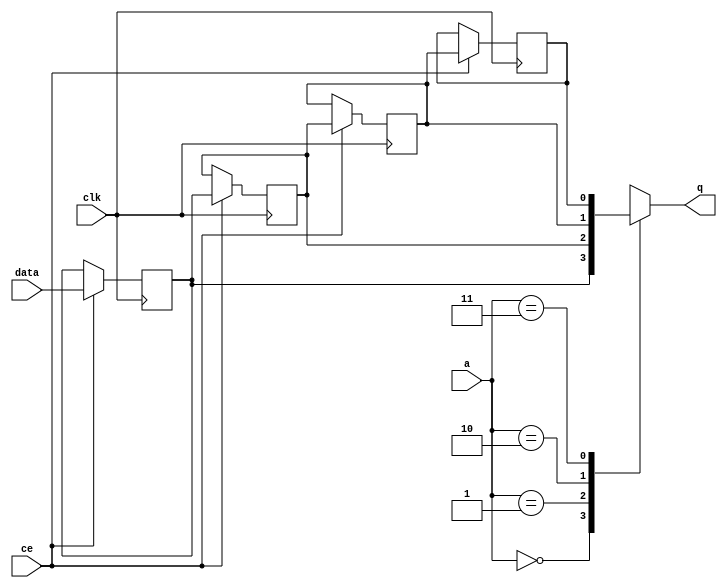
// ==============================================================
// Vitis HLS - High-Level Synthesis from C, C++ and OpenCL v2020.2 (64-bit)
// Copyright 1986-2020 Xilinx, Inc. All Rights Reserved.
// ==============================================================

`timescale 1 ns / 1 ps

module pgrnk_start_for_div_weights_U0_shiftReg (
    clk,
    data,
    ce,
    a,
    q);

parameter DATA_WIDTH = 32'd1;
parameter ADDR_WIDTH = 32'd2;
parameter DEPTH = 3'd4;

input clk;
input [DATA_WIDTH-1:0] data;
input ce;
input [ADDR_WIDTH-1:0] a;
output [DATA_WIDTH-1:0] q;

reg[DATA_WIDTH-1:0] SRL_SIG [0:DEPTH-1];
integer i;

always @ (posedge clk)
    begin
        if (ce)
        begin
            for (i=0;i<DEPTH-1;i=i+1)
                SRL_SIG[i+1] <= SRL_SIG[i];
            SRL_SIG[0] <= data;
        end
    end

assign q = SRL_SIG[a];

endmodule

module pgrnk_start_for_div_weights_U0 (
    clk,
    reset,
    if_empty_n,
    if_read_ce,
    if_read,
    if_dout,
    if_full_n,
    if_write_ce,
    if_write,
    if_din);

parameter MEM_STYLE   = "shiftreg";
parameter DATA_WIDTH  = 32'd1;
parameter ADDR_WIDTH  = 32'd2;
parameter DEPTH       = 3'd4;

input clk;
input reset;
output if_empty_n;
input if_read_ce;
input if_read;
output[DATA_WIDTH - 1:0] if_dout;
output if_full_n;
input if_write_ce;
input if_write;
input[DATA_WIDTH - 1:0] if_din;

wire[ADDR_WIDTH - 1:0] shiftReg_addr ;
wire[DATA_WIDTH - 1:0] shiftReg_data, shiftReg_q;
wire                     shiftReg_ce;
reg[ADDR_WIDTH:0] mOutPtr = ~{(ADDR_WIDTH+1){1'b0}};
reg internal_empty_n = 0;
reg internal_full_n = 1;

assign if_full_n = internal_full_n;
assign if_empty_n = internal_empty_n;
assign shiftReg_data = if_din;
assign if_dout = shiftReg_q;

always @ (posedge clk) begin
    if (reset == 1'b1)
    begin
        mOutPtr <= ~{ADDR_WIDTH+1{1'b0}};
        internal_empty_n <= 1'b0;
        internal_full_n <= 1'b1;
    end
    else begin
        if (((if_read & if_read_ce) == 1 & internal_empty_n == 1) && 
            ((if_write & if_write_ce) == 0 | internal_full_n == 0))
        begin
            mOutPtr <= mOutPtr - 3'd1;
            if (mOutPtr == 3'd0)
                internal_empty_n <= 1'b0;
            internal_full_n <= 1'b1;
        end 
        else if (((if_read & if_read_ce) == 0 | internal_empty_n == 0) && 
            ((if_write & if_write_ce) == 1 & internal_full_n == 1))
        begin
            mOutPtr <= mOutPtr + 3'd1;
            internal_empty_n <= 1'b1;
            if (mOutPtr == DEPTH - 3'd2)
                internal_full_n <= 1'b0;
        end 
    end
end

assign shiftReg_addr = mOutPtr[ADDR_WIDTH] == 1'b0 ? mOutPtr[ADDR_WIDTH-1:0]:{ADDR_WIDTH{1'b0}};
assign shiftReg_ce = (if_write & if_write_ce) & internal_full_n;

pgrnk_start_for_div_weights_U0_shiftReg 
#(
    .DATA_WIDTH(DATA_WIDTH),
    .ADDR_WIDTH(ADDR_WIDTH),
    .DEPTH(DEPTH))
U_pgrnk_start_for_div_weights_U0_ram (
    .clk(clk),
    .data(shiftReg_data),
    .ce(shiftReg_ce),
    .a(shiftReg_addr),
    .q(shiftReg_q));

endmodule